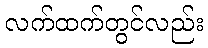
လက်ထက်တွင်လည်း